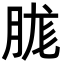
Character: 䏵